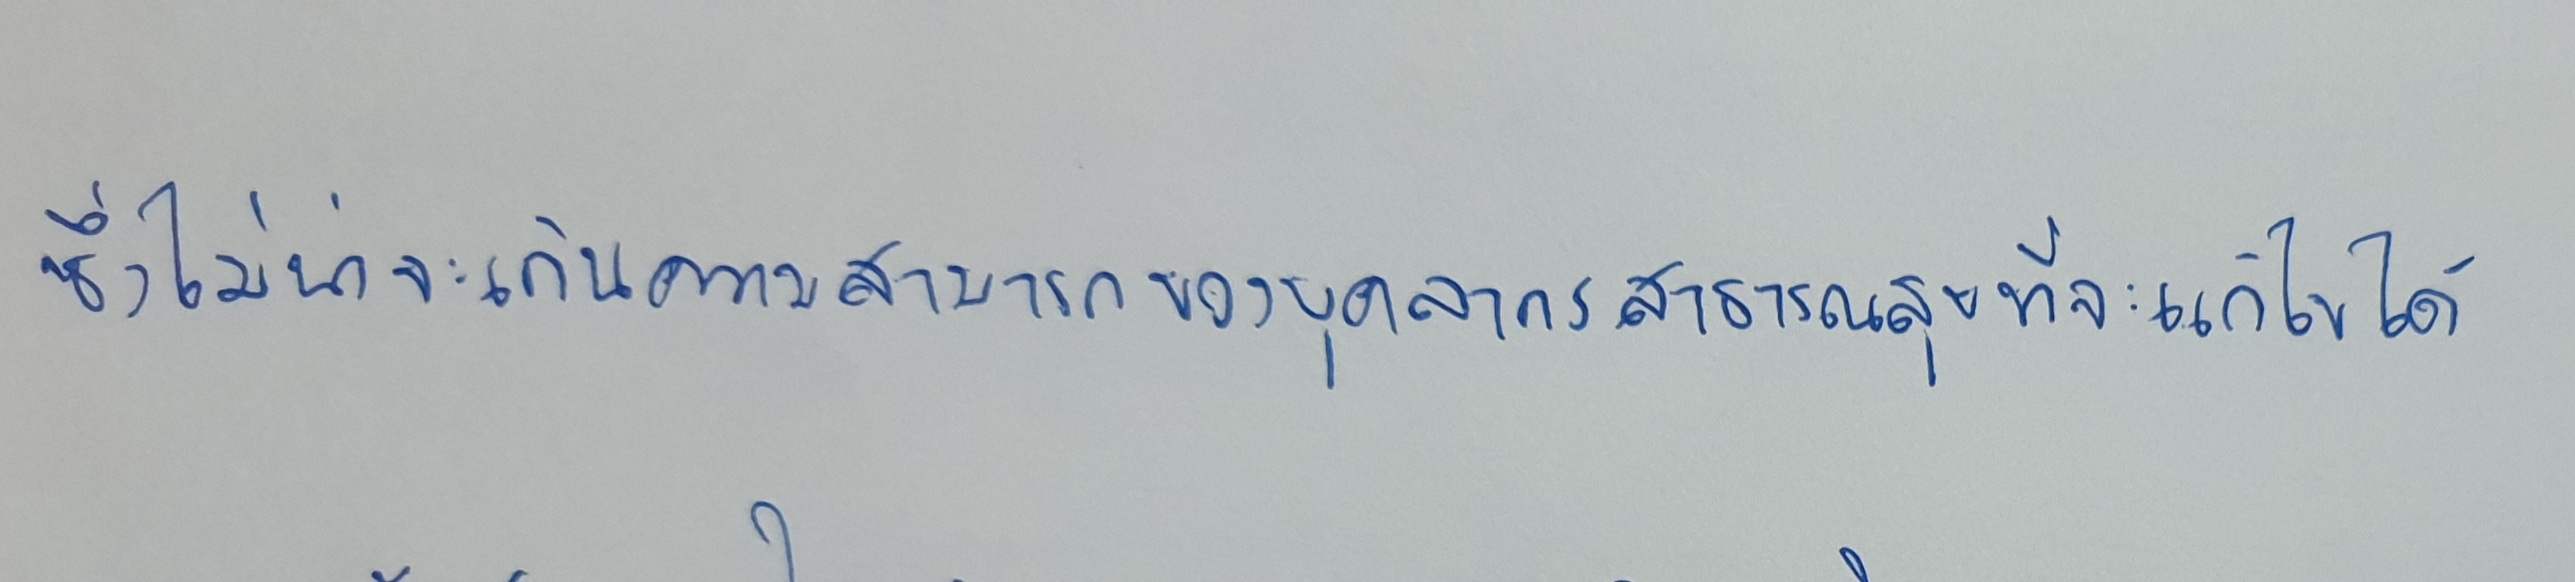
ซึ่งต่อตัวกันราวกับนักกายกรรมพากันดันก้นให้ไต่ขึ้นไปใหม่อีก